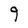
Character: 9